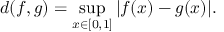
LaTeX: d ( f , g ) = \operatorname* { s u p } _ { x \in [ 0 , 1 ] } | f ( x ) - g ( x ) | .